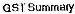
GST SUMMARY